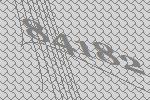
84182